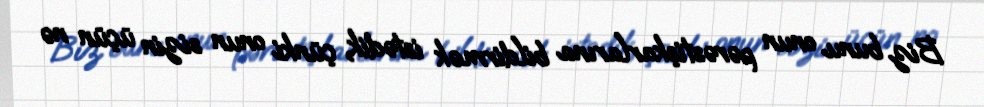
Biz bunu onun pərəstişkarlarına bildirmək istədik, çünki onun sizin üçün nə